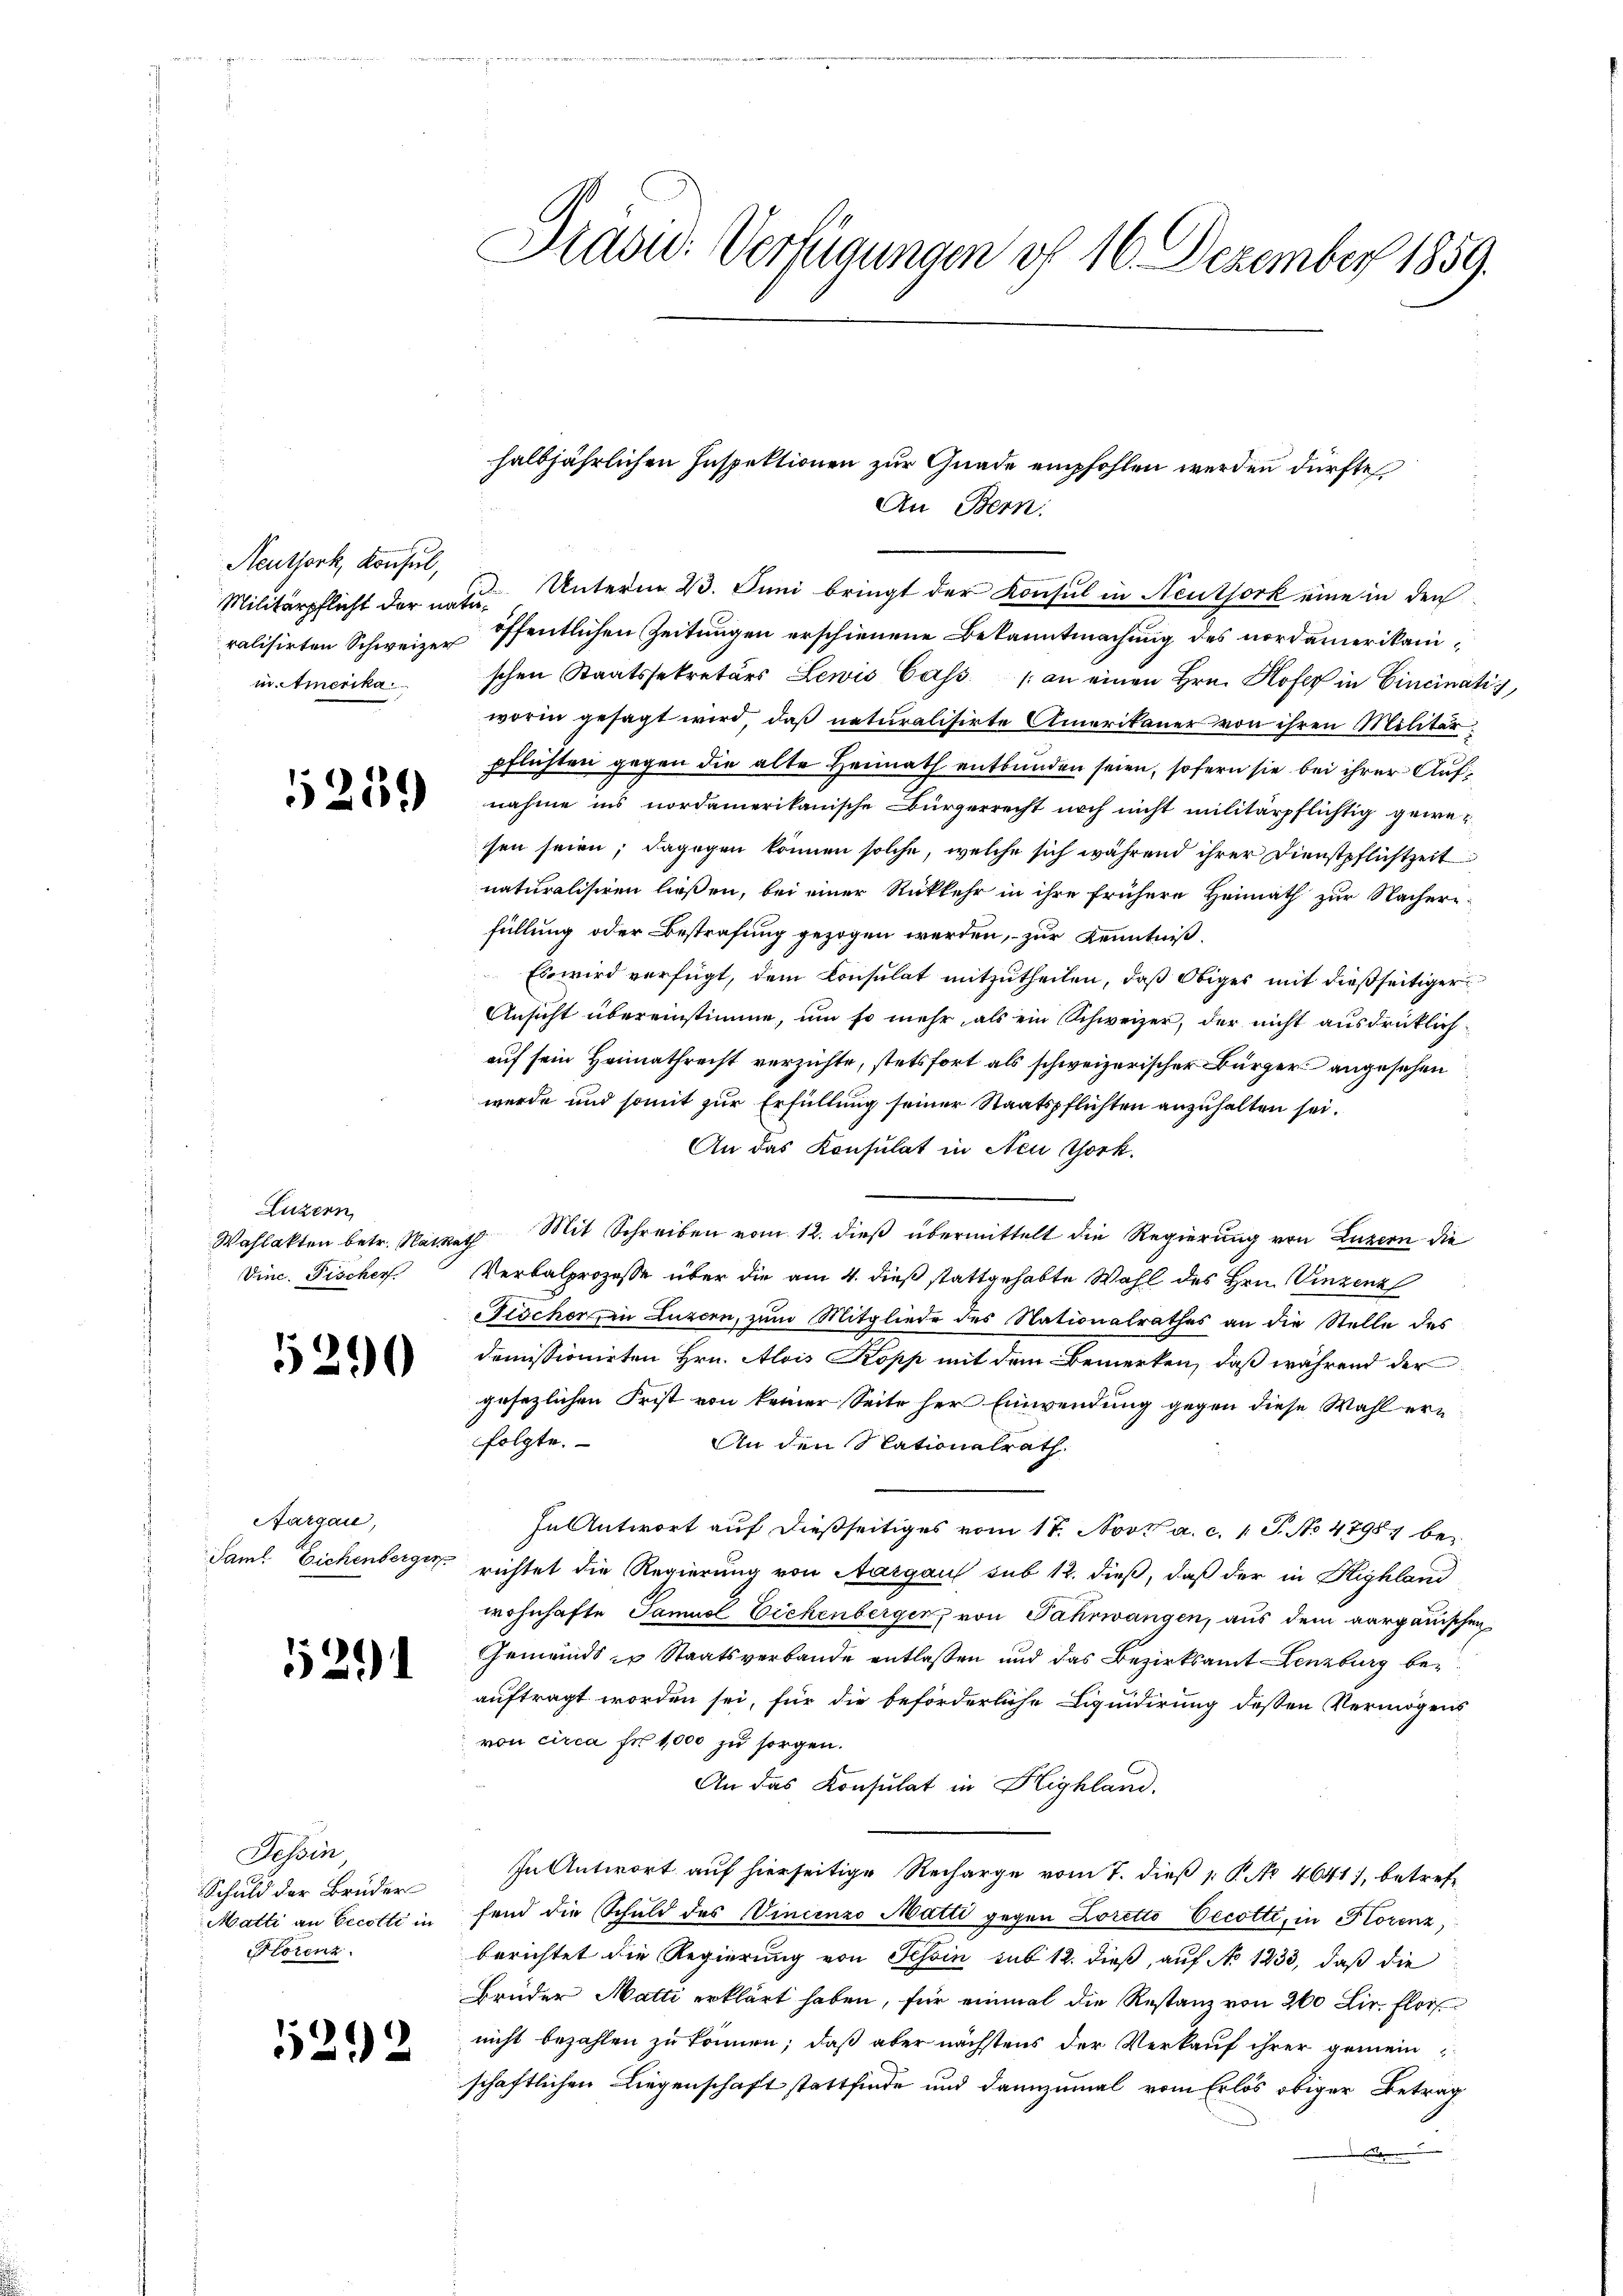
Neuthork, Konsul,
i. Amerika

1254

Luzern
Vinc. Fischer

12

Aargau,

5291

Tessin
Schuld der Brüder
Matti an Secotti in
Storenz

5292

Präsid. Verfügungen uf 16. Dezember 1859.

Militärpflicht der neue Unterm 23. Juni bringt der Konsul in Neuthork eine in den
ralisirten Schweize öffentlichen Zeitungen erschienene Bekanntmachung des nordamerikanischen Staatssekretärs Lewis Cass an einen Hrn. Hofer in Cincinatis
worin gesagt wird, daß naturalisirte Amerikaner von ihren Militär
pflichten gegen die alte Heimath entbunden seien, sofern sie bei ihrer Aufnahme ins nordamerikanische Bürgerrecht noch nicht militärpflichtig gewesen seien; dagegen können solche, welche sich während ihrer Dienstpflichtzeit
naturalisiren ließen, bei einer Rückkehr in ihre frühere Heimath zur Nachere-
füllung oder Bestrafung gezogen werden, zur Kenntniß
Es wird verfügt, dem Consulat mitzutheilen, daß Obiges mit dießseitiger
Ansicht übereinstimme, um so mehr als ein Schweizer, der nicht ausdrücklichauf sein Heimathrecht verzichte, stetsfort als schweizerischer Bürger angesehen
werde und somit zur Erfüllung seiner Staatspflichten anzuhalten sei.
An das Konsulat in Neu Thork.
Wahlakten betr. Nacket Mit Schreiben vom 12. dieß übermittelt die Regierung von Luzern die
Verbalprozesse über die am 4. dieß stattgehabte Wahl des Hrn. Vinzenz
Nischer in Luzern, zum Mitgliede des Nationalrathes an die Stelle des
domissionirten Hrn. Alois Kopp mit dem Bemerken, daß während der
gesezlichen Frist von keiner Seite her Einwendung gegen diese Wahl erfolgte.
An den Nationalrath
In Antwort auf dießseitiges vom 18. Nov. a. c. 1 S. No 47984 be¬
Saml Eichenberger richtet die Regierung von Aargau sub 12. dieß, daß der in Highland
wohnhafte Samuel Bickenberger, von Fahrwangen, aus dem aargauischen
Gemeinds zu Staatsverbande entlassen und das Bezirksamt Lenzburg beauftragt worden sei, für die beförderliche Liquidirung dessen Vermögens
von circa Fr. 1000 zu sorgen.
An das Konsulat in Highland.
In Antwort auf hierseitige Recharge vom 7. dieß P. No 4641), betreffend die Schuld des Vincenzo Matti gegen Loretto Eecotte, in Korenz
berichtet die Regierung von Tessin sub 12. dieß, auf No 1233, daß die
Brüder Matti erklärt haben, für einmal die Restanz von 260 Lir. Flor
nicht bezahlen zu können; daß aber nächstens der Verkauf ihrer gemeinschaftlichen Liegenschaft stattfinde und dannzumal vom Erlös obiger Betrag
unter

halbjährlichen Inspektionen zur Gnade empfohlen werden dürfte
An Bern.